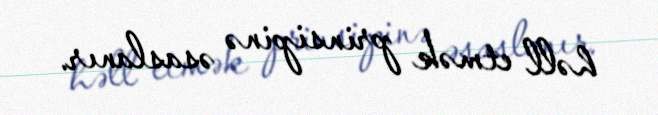
həll etmək prinsipinə əsaslanır.